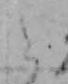
と